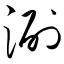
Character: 涮